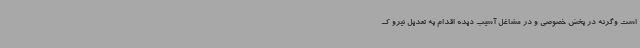
است وگرنه در بخش خصوصی و در مشاغل آسیب دیده اقدام به تعدیل نیرو ک